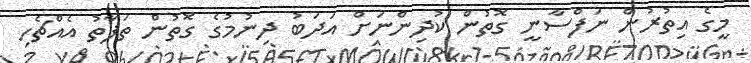
މީގެ އިތުރުން ނަފްސާނީ ގޮތުން ކުދިންނަށް އަދަބު ދިނުމުގެ ގޮތުން ތަފާތު އެއްޗެހި